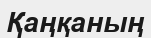
Қаңқаның